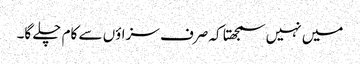
میں نہیں سمجھتا کہ صرف سزاؤں سے کام چلے گا۔